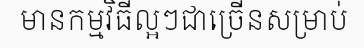
មានកម្មវិធីល្អៗជាច្រើនសម្រាប់